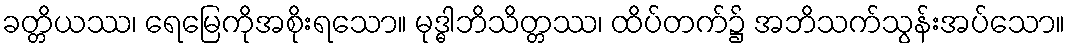
ခတ္တိယဿ၊ ရေမြေကိုအစိုးရသော။ မုဒ္ဓါဘိသိတ္တဿ၊ ထိပ်တက်၌ အဘိသက်သွန်းအပ်သော။